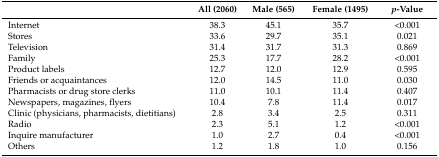
|  | All (2060) | Male (565) | Female (1495) | p-Value |
 | --- | --- | --- | --- | --- |
 | Internet | 38.3 | 45.1 | 35.7 | <0.001 |
 | Stores | 33.6 | 29.7 | 35.1 | 0.021 |
 | Television | 31.4 | 31.7 | 31.3 | 0.869 |
 | Family | 25.3 | 17.7 | 28.2 | <0.001 |
 | Product labels | 12.7 | 12.0 | 12.9 | 0.595 |
 | Friends or acquaintances | 12.0 | 14.5 | 11.0 | 0.030 |
 | Pharmacists or drug store clerks | 11.0 | 10.1 | 11.4 | 0.407 |
 | Newspapers, magazines, flyers | 10.4 | 7.8 | 11.4 | 0.017 |
 | Clinic (physicians, pharmacists, dietitians) | 2.8 | 3.4 | 2.5 | 0.311 |
 | Radio | 2.3 | 5.1 | 1.2 | <0.001 |
 | Inquire manufacturer | 1.0 | 2.7 | 0.4 | <0.001 |
 | Others | 1.2 | 1.8 | 1.0 | 0.156 |